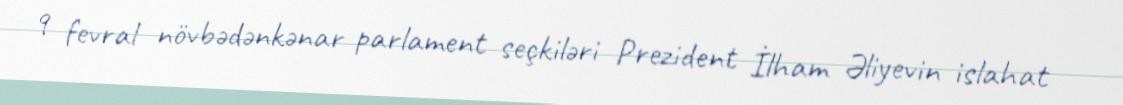
9 fevral növbədənkənar parlament seçkiləri Prezident İlham Əliyevin islahat